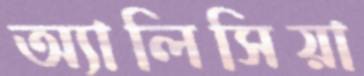
অ্যালিসিয়া